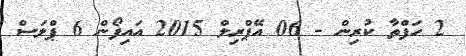
2 ހަފްތާ ކުރިން - 06 އޭޕްރިލް 2015 އައިފޯން 6 ޕްލަސް